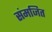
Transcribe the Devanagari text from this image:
संमजित